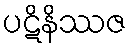
ပဋိနိဿဇ